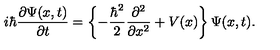
i \hbar \frac { \partial \Psi ( x , t ) } { \partial t } = \left\{ - \frac { \hbar ^ { 2 } } { 2 } \frac { \partial ^ { 2 } } { \partial x ^ { 2 } } + V ( x ) \right\} \Psi ( x , t ) .